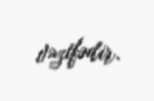
vəzifədir.